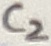
Text: C2